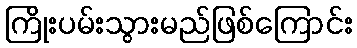
ကြိုးပမ်းသွားမည်ဖြစ်ကြောင်း